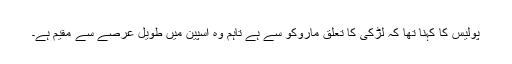
پولیس کا کہنا تھا کہ لڑکی کا تعلق ماروکو سے ہے تاہم وہ اسپین میں طویل عرصے سے مقیم ہے۔